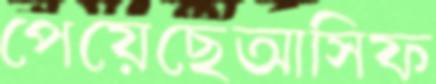
পেয়েছেআসিফ